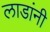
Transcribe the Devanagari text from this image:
लाडांनी